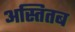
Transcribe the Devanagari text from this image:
अस्तितब